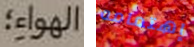
الهواء؛ إهتمامه